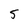
Character: 5